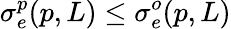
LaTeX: \sigma_{e}^{p}(p,L)\leq\sigma_{e}^{o}(p,L)